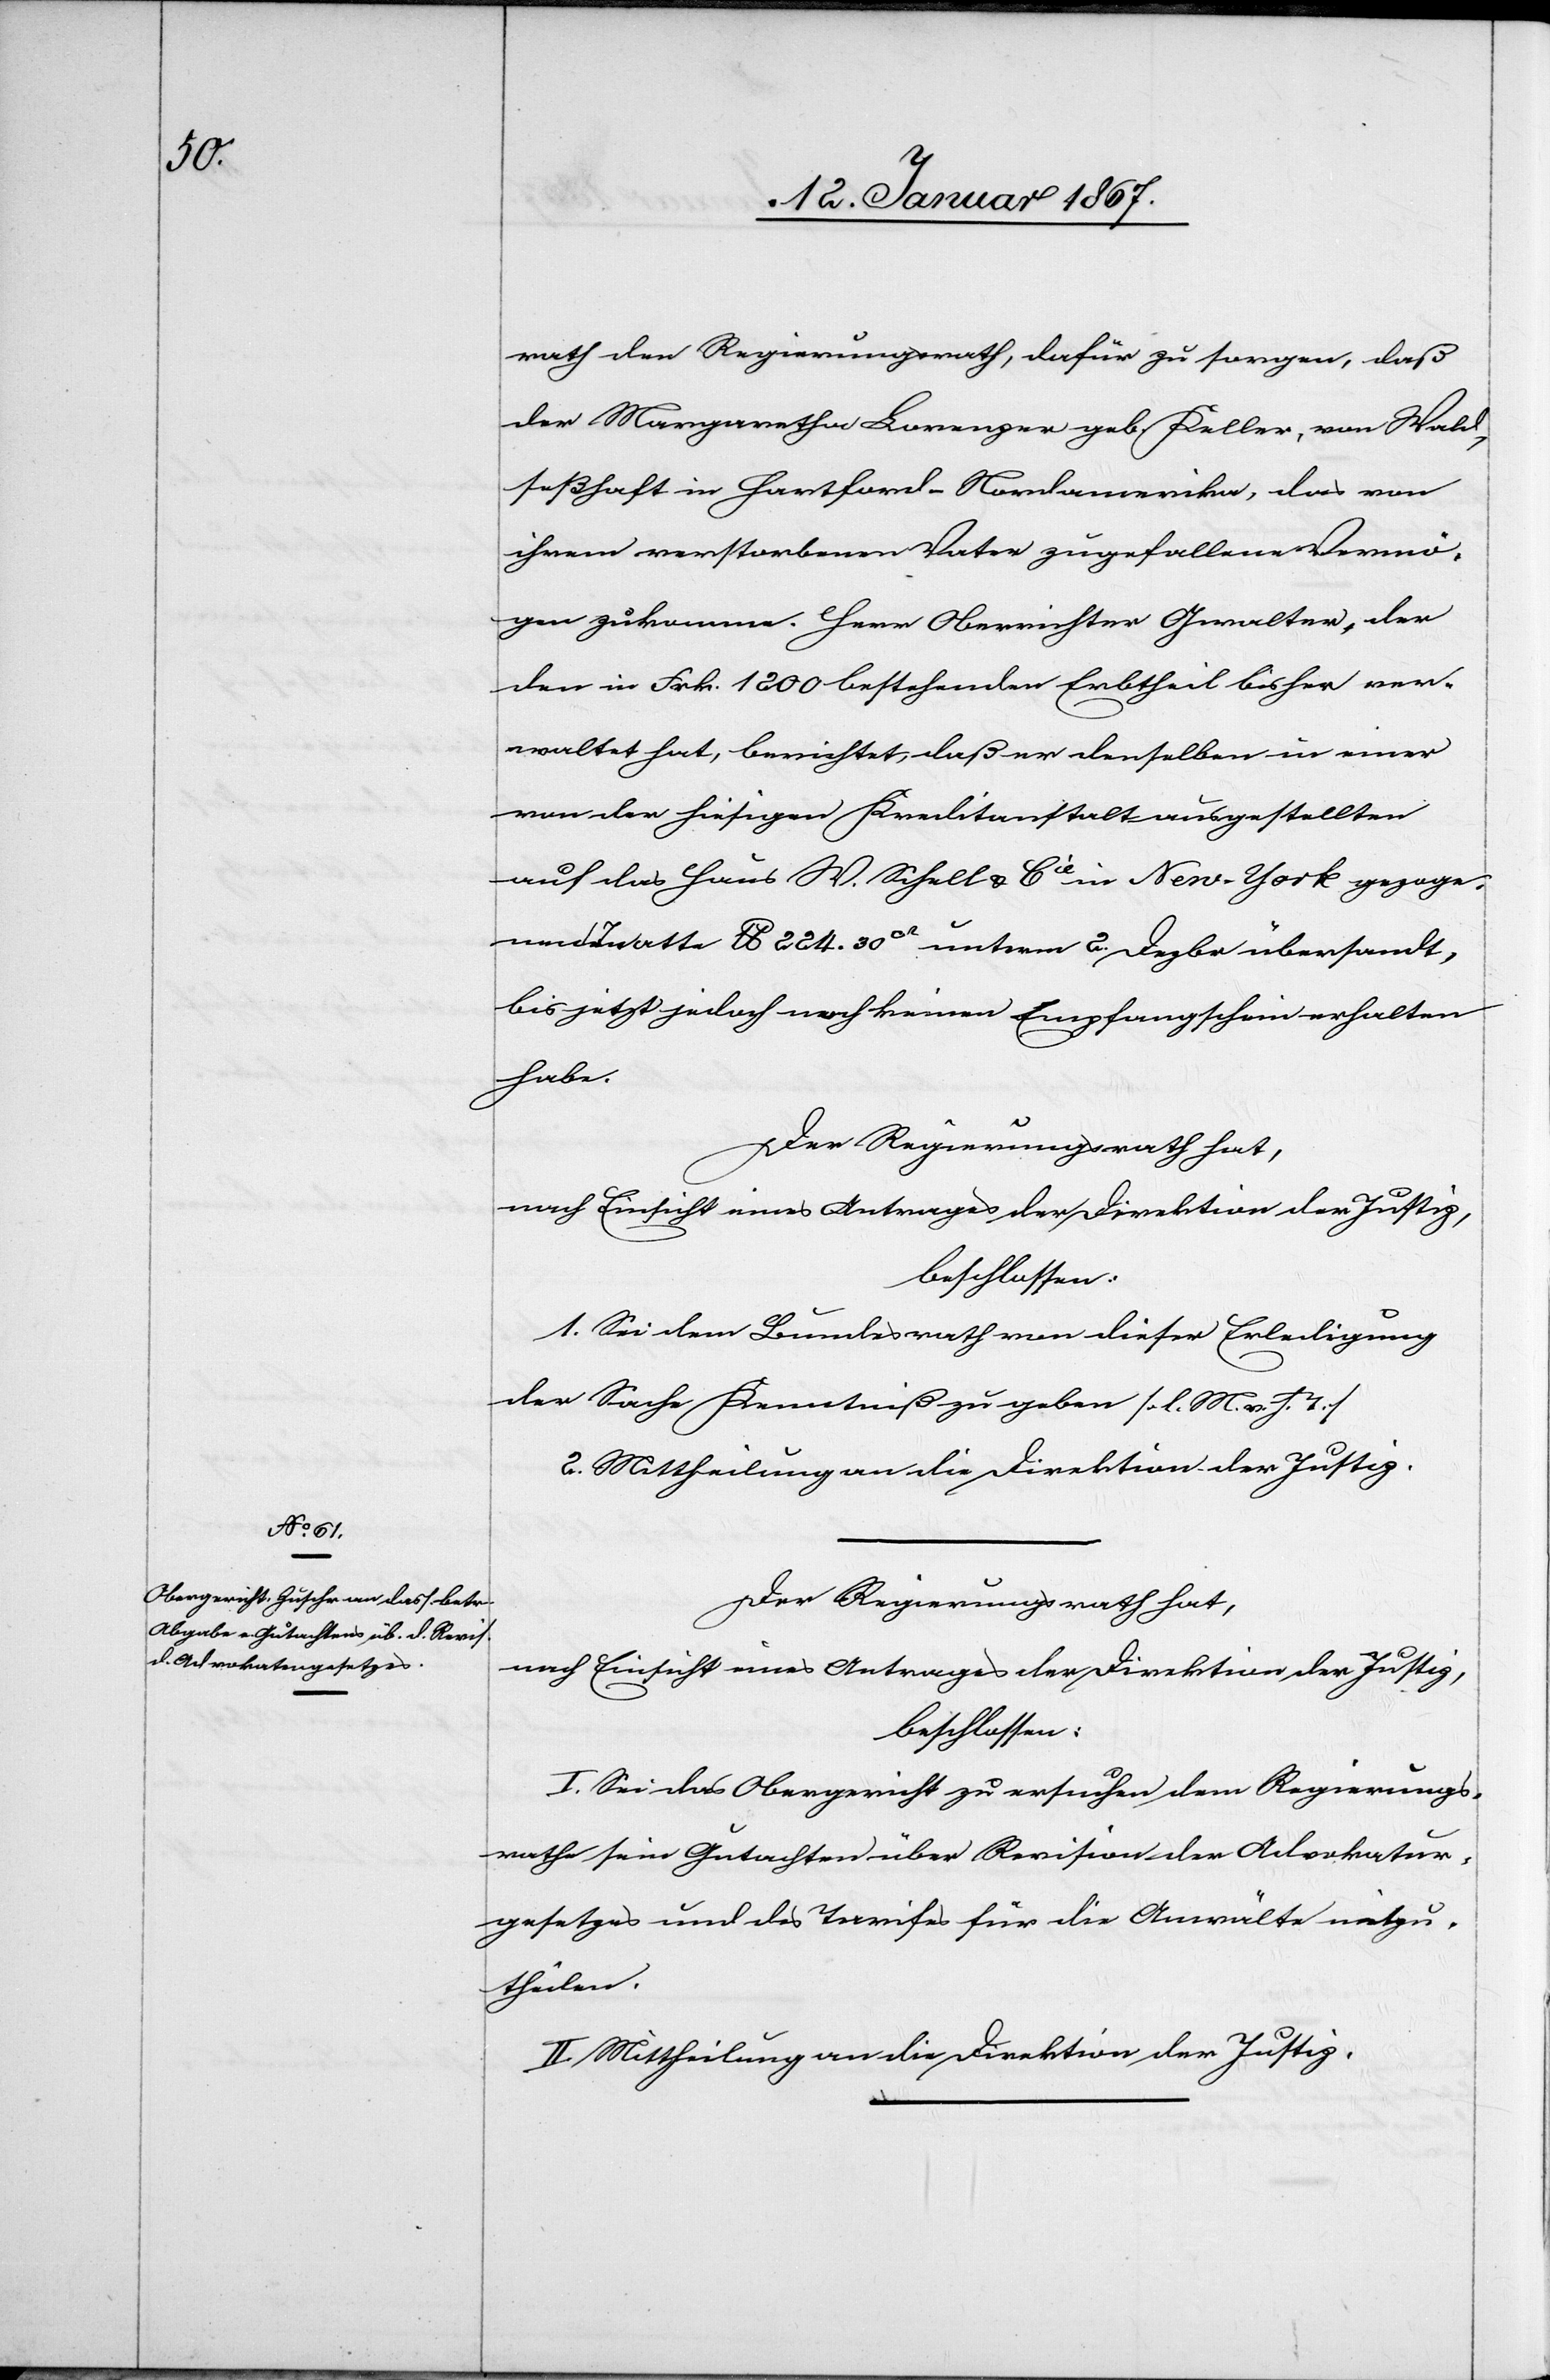
rath den Regierungsrath, dafür zu sorgen, daß
der Margaretha Lorenzer geb. Keller, von Wald,
seßhaft in Hartford - Nordamerika, das von
ihrem verstorbenen Vater zugefallene Vermö¬
gen zukomme. Herr Oberrichter Gwalter, der
den in Frk. 1200 bestehenden Erbtheil bisher ver¬
waltet hat, berichtet, daß er denselben in einer
von der hiesigen Kreditanstalt ausgestellten
auf das Haus W. Schell & Cie in New-York gezoge¬
nen Tratte lb 224. 30cr unterm 2. Dezbr übersandt,
bis jetzt jedoch noch keinen Empfangschein erhalten
habe.
Der Regierungsrath hat,
nach Einsicht eines Antrages der Direktion der Justiz,
beschlossen:
1. Sei dem Bundesrath von dieser Erledigung
der Sache Kenntniß zu geben (l. M. v. h. T.)
2. Mittheilung an die Direktion der Justiz.
Der Regierungsrath hat,
nach Einsicht eines Antrages der Direktion der Justiz,
beschlossen:
I. Sei das Obergericht zu ersuchen dem Regierungs¬
rathe sein Gutachten über Revision der Advokatur¬
gesetzes [sic!] und des Tarifes für die Anwälte mitzu¬
theilen.
II. Mittheilung an die Direktion der Justiz.